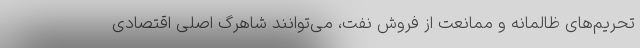
تحریم‌های ظالمانه و ممانعت از فروش نفت، می‌توانند شاهرگ اصلی اقتصادی